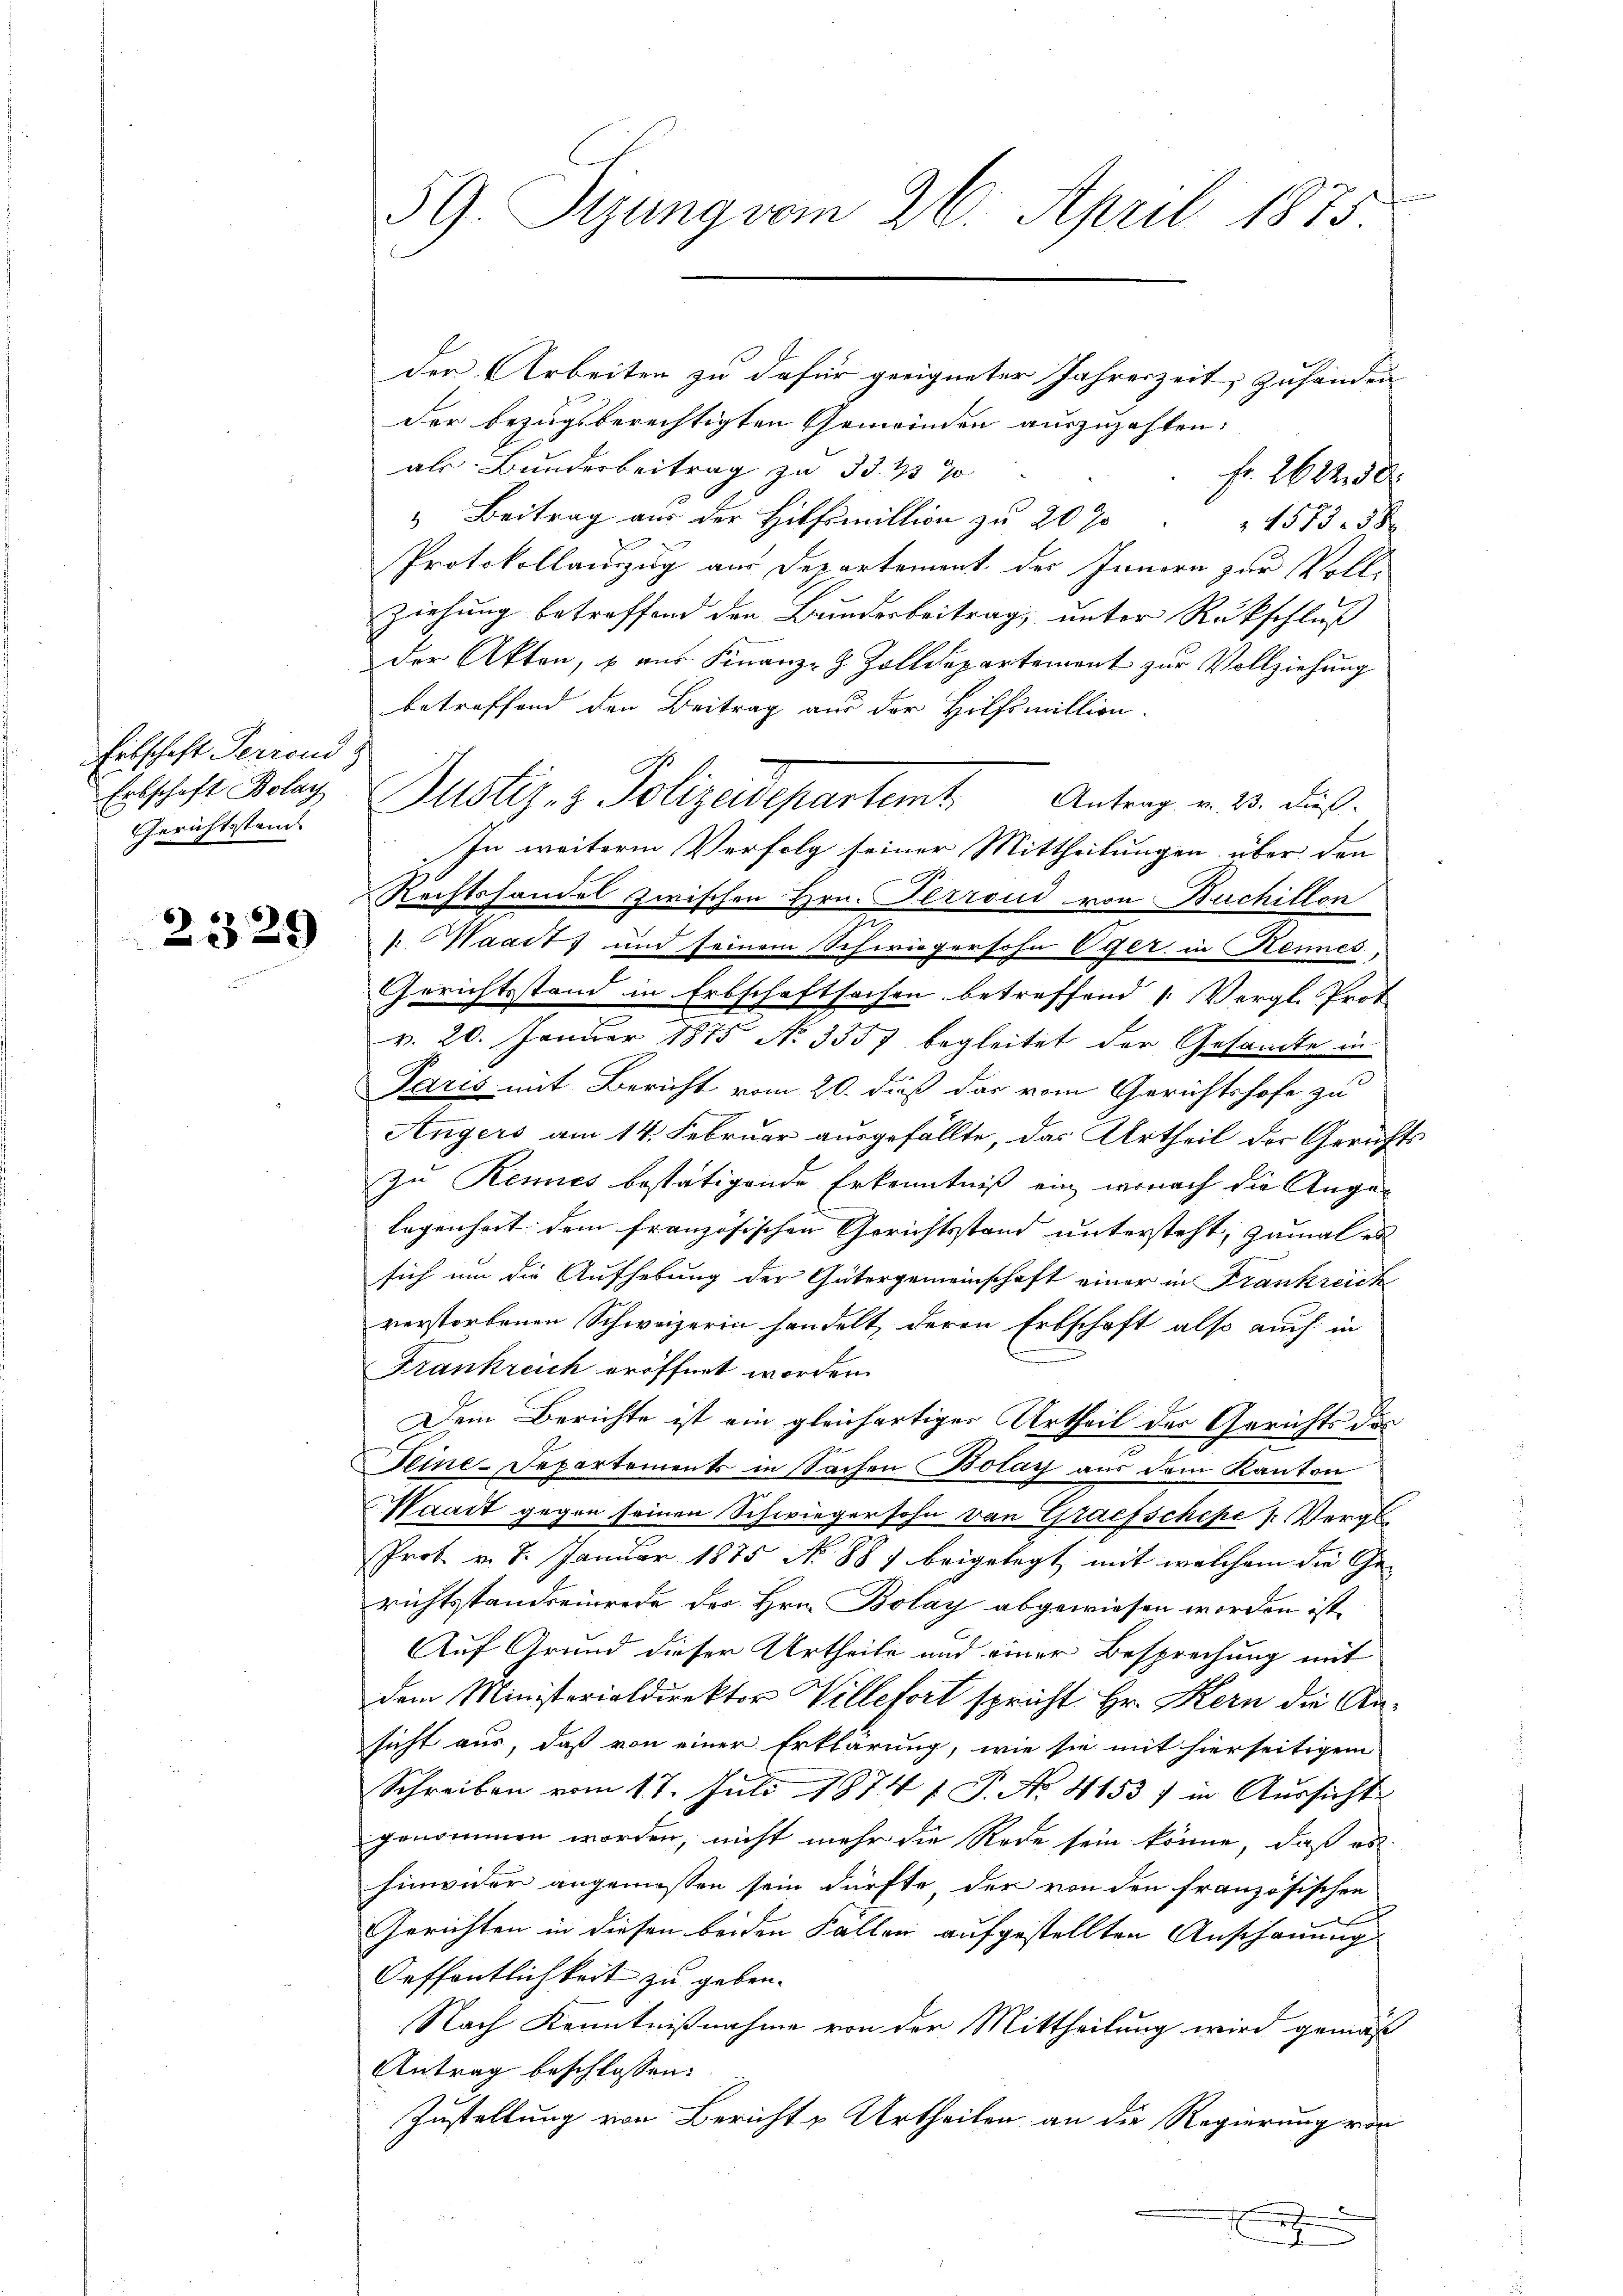
Eibschaft Perrond
Erbschaft Bolay
Gerichtsstand

2329

59. Sizung vom 26. April 1875.

der Arbeiten zu dafür geeigneter Jahreszeit, zuhänden
der bezugsberechtigten Gemeinden auszuzahlen:
als Bundesbeitrag zu 35. 43 J
Fr. 262250
“ Beitrag aus der Hilfsmittion zu 20 % " " 4573. 38
Protokollauszug aus Departement des Innern zur Vollziehung betreffend den Bundesbeitrag, unter Rückschluß
Der Akten, u. aus Finanz-Z. Zolldepartement zur Vollziehung
betreffend den Beitrag aus der Hilfsmillion.
Justiz- & Polizeidepartamt Antrag u. 2. Fuß.
In weiterm Verfolg seiner Mittheilungen über den
Rechtshandel zwischen Hrn. Perrond von Buchillon
2
: Waadt) und seinem Schwiegersohn Eger in Kennes,
Gerichtsstand in Erbschaftsachen betreffend 1. Vergl. Prot
v. 20. Januar 1875 No 3557 begleitet der Gesandte in
Paris mit Bericht vom 20. dieß das vom Gerichtshofe zu
Angers am 14. Februar ausgefällte, das Urtheil der Gerichts
zu Rennes bestätigende Erkenntniß ein, wonach die Ange-
legenheit dem französischen Gerichtsstand untersteht, zumal er
sich um die Aufhebung der Gütergemeinschaft einer in Frankreich
verstorbenen Schweizerin handelt, deren Erbschaft also auch in
Frankreich eröffnet worden.
Dem Berichte ist ein gleichartiger Urtheil des Gerichts des
Seine-Departements in Sachen Bolay aus dem Kanton
Waadt gegen seinen Schwiegersohn von Grafschehe Vergl.
Prot. v. 7. Januar 1875 No 887 beigelegt, mit welchem die Ge-
richtsstandseinrede der Hrn. Bolay abgewiesen worden ist,
Auf Grund dieser Urtheile und einer Besprechung mit
dem Ministerialdirektor Villefort spricht Hr. Kern die Ansicht aus, daß von einer Erklärung, wie sie mit hierseitigem
Schreiben vom 17. Juli 1874 f. P. No 4153) in Aussicht
genommen worden, nicht mehr die Rede sein könne, daß es
hinwider angemessen sein dürfte der von den französischen
e
Gerichten in diesen beiden Fällen aufgestellten Anschauung
Oeffentlichkeit zu geben.
Nach Kenntnißnahme von der Mittheilung wird gemäß
Antrag beschlossen:
Zustellung von Bericht u Urtheilen an die Regierung von

n
f